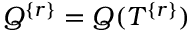
Q ^ { \{ r \} } = Q ( T ^ { \{ r \} } )